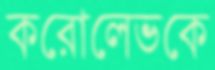
করোলেভকে